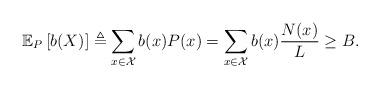
LaTeX: \begin{align*}\mathbb{E}_{P}\left[b(X)\right] \triangleq \sum_{x \in \mathcal{X}} b(x) P(x) = \sum_{x \in \mathcal{X}} b(x) \frac{N(x)}{L} \ge B .\end{align*}